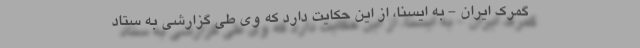
گمرک ایران - به ایسنا، از این حکایت دارد که وی طی گزارشی به ستاد